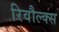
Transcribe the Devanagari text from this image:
रिवौल्क्स